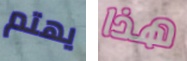
يهتم هذا